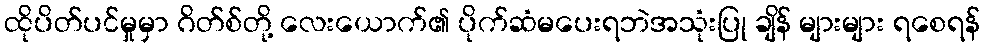
ထိုပိတ်ပင်မှုမှာ ဂိတ်စ်တို့ လေးယောက်၏ ပိုက်ဆံမပေးရဘဲအသုံးပြု ချိန် များများ ရစေရန်